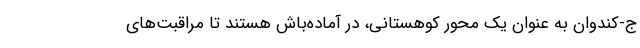
ج-کندوان به عنوان یک محور کوهستانی، در آماده‌باش هستند تا مراقبت‌های